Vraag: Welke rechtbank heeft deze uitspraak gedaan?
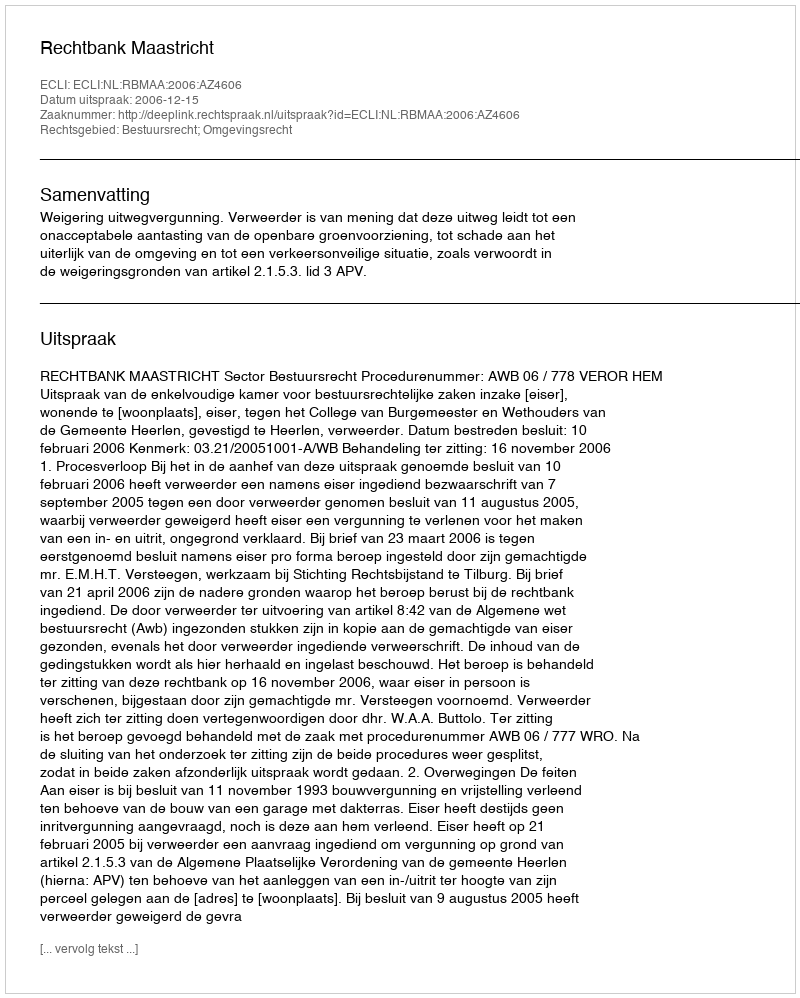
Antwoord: Rechtbank Maastricht